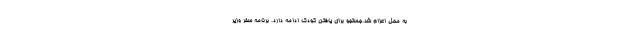
به محل اعزام شد.جستجو برای یافتن کودک ادامه دارد. برنامه سفر وزیر